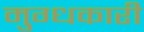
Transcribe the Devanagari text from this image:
मुग्धकारी